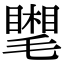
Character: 𣰧